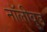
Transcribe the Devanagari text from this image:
नॉलीवुड